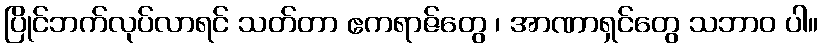
ပြိုင်ဘက်လုပ်လာရင် သတ်တာ ဧကရာဇ်တွေ ၊ အာဏာရှင်တွေ သဘာဝ ပါ။